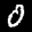
Label: 0